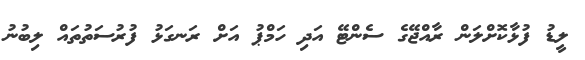
ލީޑު ފުޅާކޮށްލަން ރާއްޖޭގެ ސެންޓޭ އަދި ހަމްޕު އަށް ރަނގަޅު ފުރުސަތުތައް ލިބުނު